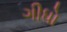
ગીધો